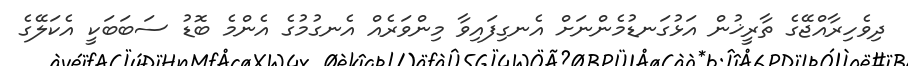
ދިވެހިރާއްޖޭގެ ތާރީޚުން އަޅުގަނޑުމެންނަށް އެނގިފައިވާ މިންވަރެއް އެނގުމުގެ އެންމެ ބޮޑު ސަބަބަކީ އެކަލޭގެ